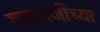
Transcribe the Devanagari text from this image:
श्यामजींच्या